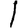
Digit: 1